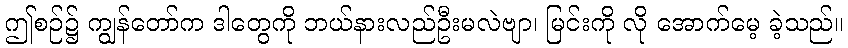
ဤစဉ်၌ ကျွန်တော်က ဒါတွေကို ဘယ်နားလည်ဦးမလဲဗျာ၊ မြင်းကို လို အောက်မေ့ ခဲ့သည်။